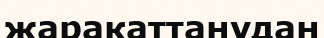
жаракаттанудан